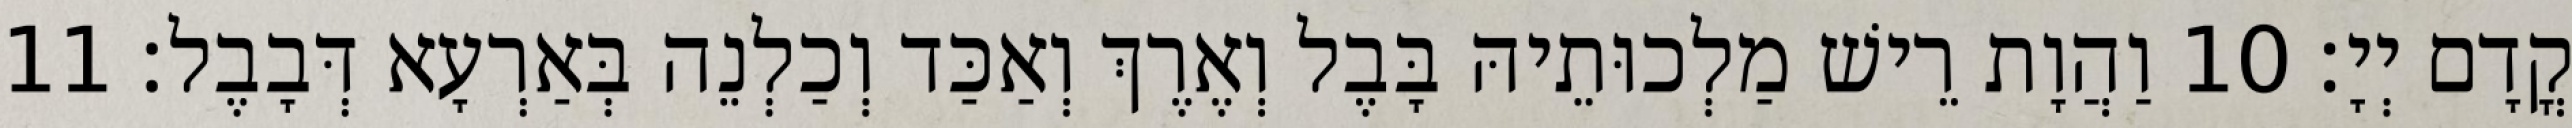
קֳדָם יְיָ׃ 10 וַהֲוָת רֵישׁ מַלְכוּתֵיהּ בָּבֶל וְאֶרֶךְ וְאַכַּד וְכַלְנֵה בְּאַרְעָא דְּבָבֶל׃ 11